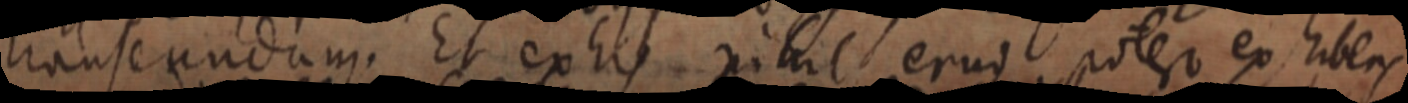
panscrndam. Et ex his nihil eruo potest ex habens